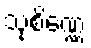
သုစိဏ္ဏေ